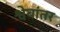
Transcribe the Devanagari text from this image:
श्वेबांतर